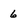
Character: 6